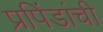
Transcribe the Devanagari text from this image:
प्रपिंडांची